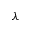
\lambda